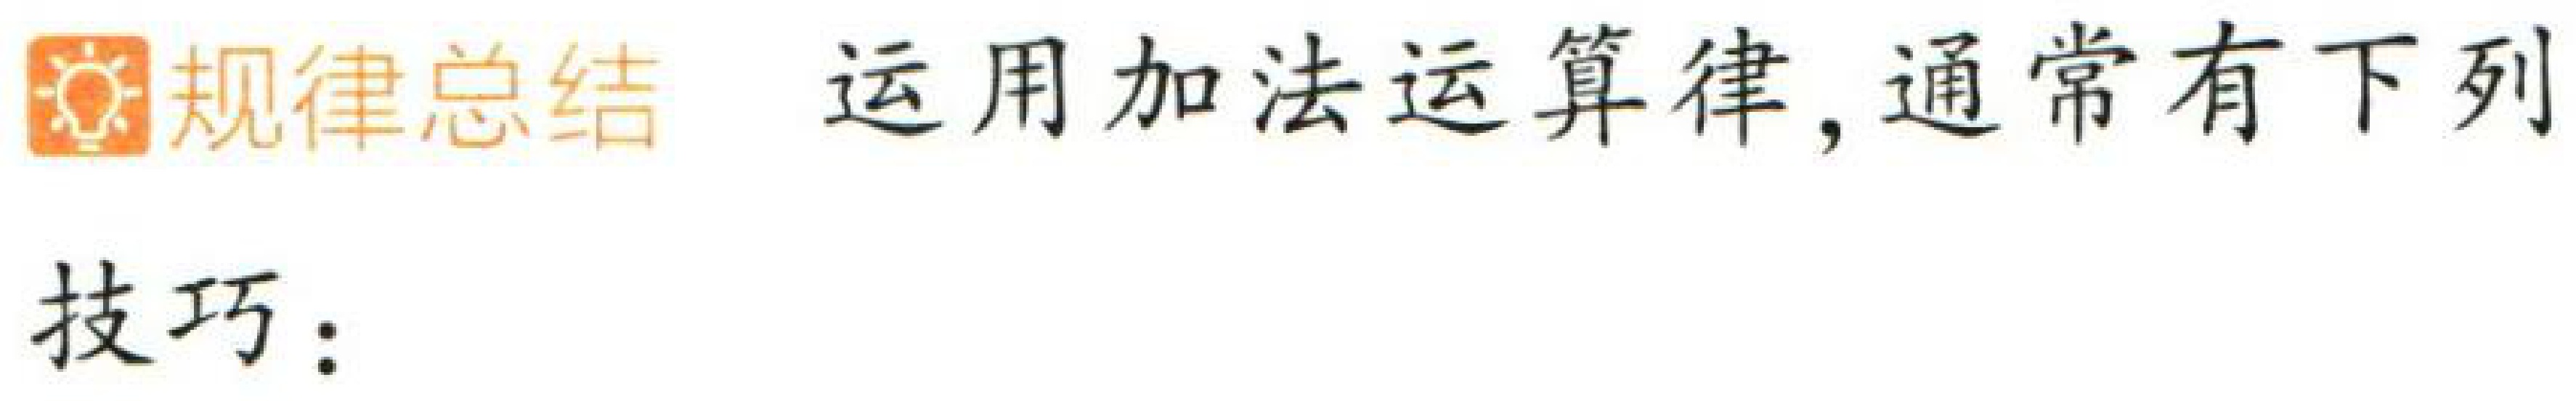
\begin{center}
\textbf{规律总结} 运用加法运算律, 通常有下列
\end{center}
技巧：